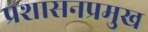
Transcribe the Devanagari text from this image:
प्रशासनप्रमुख